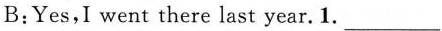
B:Yes,I went there last year.1. ___